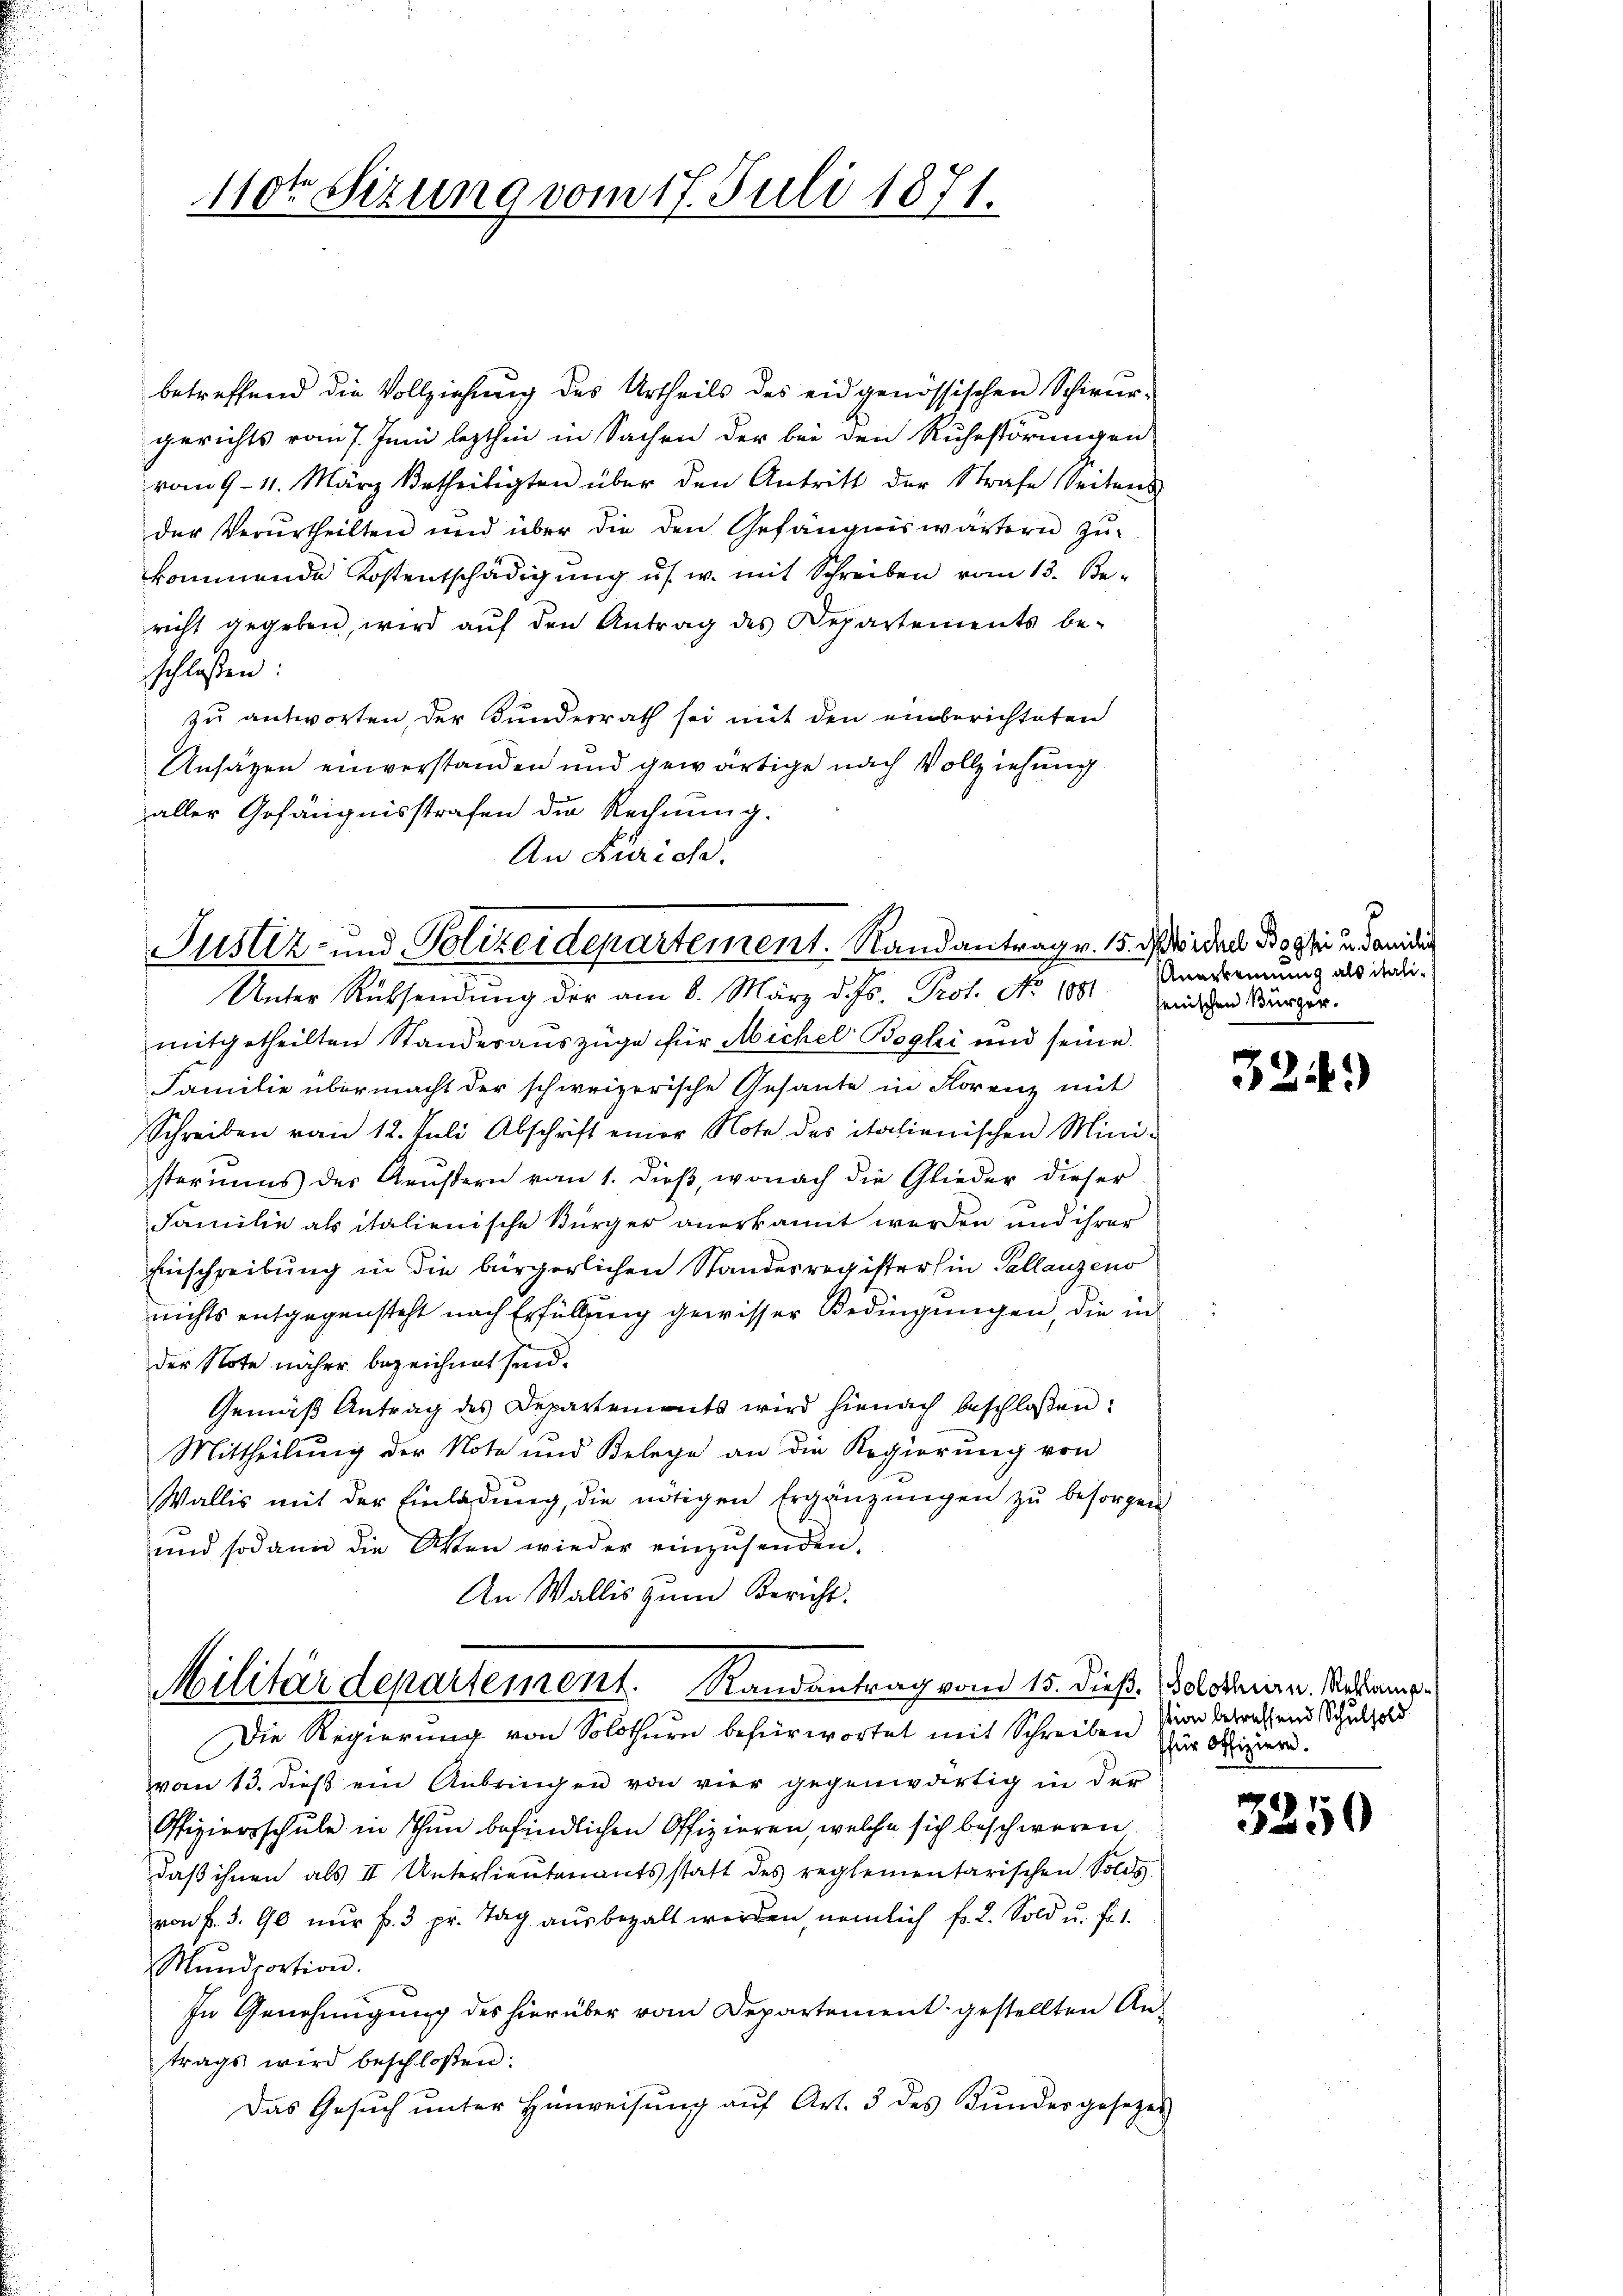
110ten Sizung vom 17. Juli 1871.

betreffend die Vollziehung des Urtheils des eidgenössischen Schirur-
gerichts vom 7. Juni lezthin in Sachen der bei den Ruhestörungen
vom 9. 11. März Urtheiligten über den Antritt der Strafe Seitens
der Verurtheilten und über die den Gefängniswärtern zŭ-
kommende Kostentschädigung us. w. mit Schreiben vom 13. Be-
richt gegeben, wird auf den Antrag des Departements be-
schlossen:
zu antworten, der Bunderrath sei mit den einberichteten
Ansagen einverstanden und gewärtige nach Vollziehung
aller Gefängnisstrafen die Rechnung.
An Zürich.

Justiz- und Polizeidepartement. Randantrag v. 15. dß wider Bossin in danidi

Unter Rücksendung der am 6. März d. Js. Prof. No 1081 mit den Sänger.
mitgetheilten Standesauszüge für Michel Bogli und seine
Familie übermacht der schweizerische Gesante in Florenz mit
Schreiben von 12. Juli Abschrift einer Note des italienischen Mini-
steriums der Aeußern vom 1. dieβ, wonach die Glieder dieser
Familie als italienische Bürger anerkannt werden und ihrer
Einschreibung in die bürgerlichen Standesregisterhin Pallanzeno
nichts entgegensteht nach Erfüllung gewisser Bedingungen, die in
der Note näher bezeichnet sind.
Gemäβ Antrag des Departements wird hienach beschlossen:
Mittheilung der Note und Belege an die Regierung von
Wallis mit der Einladŭng, die nötigen Ergänzŭngen zŭ besorgen
und sodann die Akten wieder einzusenden.
An Wallis zum Bericht.
Militärdepartement. Randantrag vom 15. dieß, Solonin. Mrkamp.
Die Regierung von Solothurn befürwortet mit Schreiben sie betrachtend Schulhald
vom 13. dieß ein Anbringen von vier gegenwärtig in der
Ofiziersschule in Thun befindlichen Offizieren, welche sich beschweren.
daβ ihnen als II Unterlieutenants statt des reglementarischen Solds
von f. 3. 90 nŭr f. 3 pr. Tag aŭsbezalt werden, nämlich fr. 2. Sold u. fr.
Mŭndportion.
In Genehmigung des hierüber vom Departement gestellten Antrags wird beschloßen:
Das Gesuch unter Hinweisung auf Art. 3 des Kundesgesezes

s
Anerkennung als itali¬

324)

sfür Offizieren.

3250